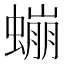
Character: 𲀃